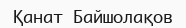
Қанат Байшолақов